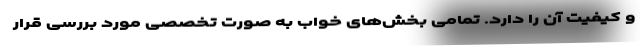
و کیفیت آن را دارد. تمامی بخش‌های خواب به صورت تخصصی مورد بررسی قرار